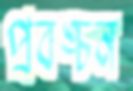
প্রবঙ্চন